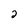
Character: 2